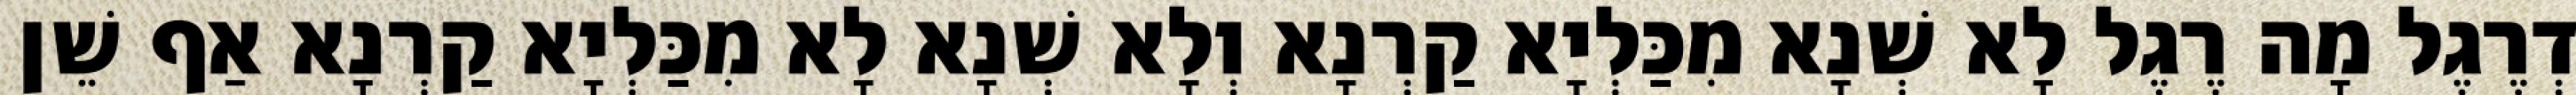
דְרֶגֶל מָה רֶגֶל לָא שְׁנָא מִכַּלְיָא קַרְנָא וְלָא שְׁנָא לָא מִכַּלְיָא קַרְנָא אַף שֵׁן